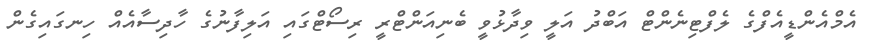
އެމްއެންޑީއެފްގެ ލެފްޓިނެންޓް އަބްދު އަލީ ވިދާޅުވީ ބެނިއަންޓްރީ ރިސޯޓްގައި އަލިފާނުގެ ހާދިސާއެއް ހިނގައިގެން